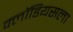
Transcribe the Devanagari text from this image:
क्लॉडियसला